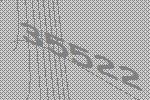
35522